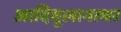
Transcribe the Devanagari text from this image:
आदिमूलानाथर